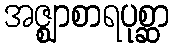
အဇ္ဈာစာရပုစ္ဆာ